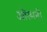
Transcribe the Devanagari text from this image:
ओस्मनी